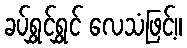
ခပ်ရွှင်ရွှင် လေသံဖြင့်။